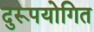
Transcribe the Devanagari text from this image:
दुरूपयोगित